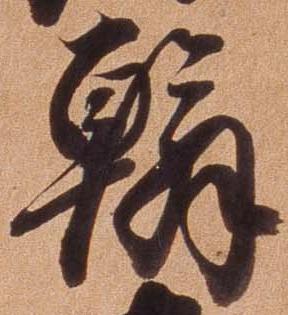
翰